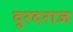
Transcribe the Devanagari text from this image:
दुरदराज